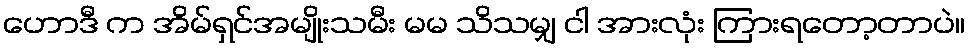
ဟောဒီ က အိမ်ရှင်အမျိုးသမီး မမ သိသမျှ ငါ အားလုံး ကြားရတော့တာပဲ။